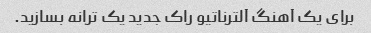
برای یک آهنگ آلترناتیو راک جدید یک ترانه بسازید.